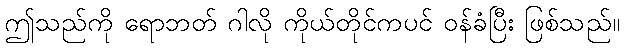
ဤသည်ကို ရောဘတ် ဂါလို ကိုယ်တိုင်ကပင် ဝန်ခံပြီး ဖြစ်သည်။